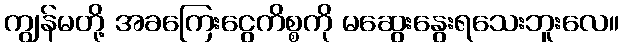
ကျွန်မတို့ အခကြေးငွေကိစ္စကို မဆွေးနွေးရသေးဘူးလေ။